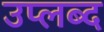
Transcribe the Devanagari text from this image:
उप्लब्द